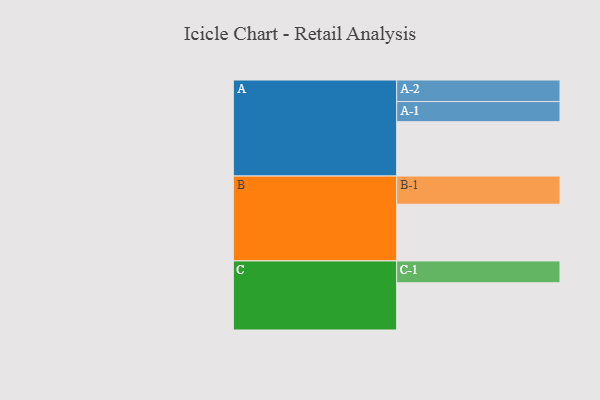
{"axis": {"x": "Segment", "y": "Value"}, "legend": ["", "A", "B", "C"], "data": [{"x": "A", "y": 574, "type": ""}, {"x": "B", "y": 599, "type": ""}, {"x": "C", "y": 499, "type": ""}, {"x": "A-1", "y": 213, "type": "A"}, {"x": "A-2", "y": 228, "type": "A"}, {"x": "B-1", "y": 298, "type": "B"}, {"x": "C-1", "y": 231, "type": "C"}]}